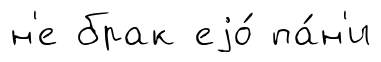
н'е брак еjо́ па́н'и